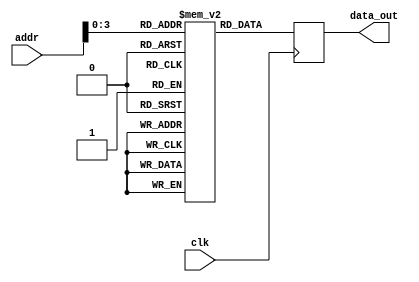
 module rom (
    input        clk,
    input  [4:0] addr,
    output reg [31:0] data_out
);

    reg [31:0] memory [15:0];

    initial begin
        memory[0]  = 32'h00000001;
        memory[1]  = 32'h00000002;
        memory[2]  = 32'h00000003;
        memory[3]  = 32'h00000004;
        memory[4]  = 32'h00000005;
        memory[5]  = 32'h00000006;
        memory[6]  = 32'h00000007;
        memory[7]  = 32'h00000008;
        memory[8]  = 32'h00000009;
        memory[9]  = 32'h0000000A;
        memory[10] = 32'h0000000B;
        memory[11] = 32'h0000000C;
        memory[12] = 32'h0000000D;
        memory[13] = 32'h0000000E;
        memory[14] = 32'h0000000F;
        memory[15] = 32'h00000010;
    end

    always @(posedge clk) begin
        data_out <= memory[addr];
    end

endmodule